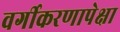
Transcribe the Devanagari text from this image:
वर्गीकरणापेक्षा